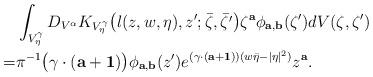
LaTeX: \begin{align*}&\int_{V^\gamma_\eta}D_{V^\alpha}K_{V^{\gamma}_{\eta}}\big(l(z,w,\eta),z^{\prime};\bar{\zeta},\bar{\zeta^{\prime}}\big)\zeta^\mathbf a\phi_{\mathbf a,\mathbf b}(\zeta^\prime)dV(\zeta,\zeta^{\prime})\\=&\pi^{-1}\big(\gamma\cdot(\mathbf a+\mathbf 1)\big)\phi_{\mathbf a,\mathbf b}(z^{\prime})e^{(\gamma\cdot(\mathbf a+\mathbf 1))(w\bar\eta-|\eta|^2)}z^{\mathbf a}.\end{align*}